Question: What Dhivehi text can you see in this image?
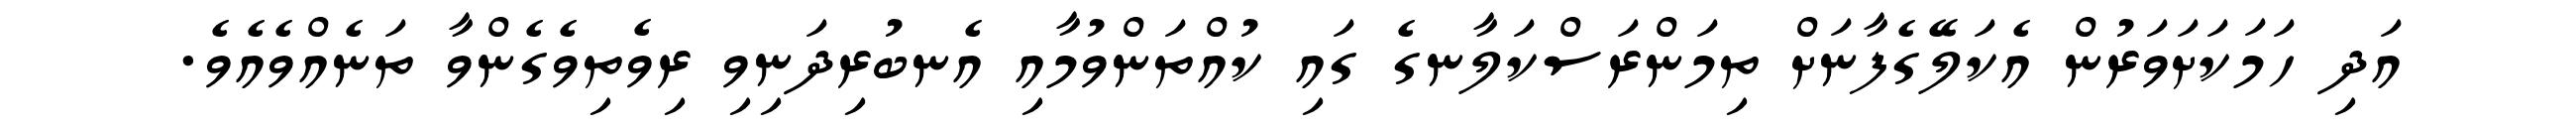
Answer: އަދި ހަމަކަށަވަރުން އެކަލޭގެފާނަށް ތިމަންރަސްކަލާނގެ ގައި ކުއްތަންވުމާއި އެނބުރިދަނިވި ރިވެތިވެގެންވާ ތަނެއްވެއެވެ.